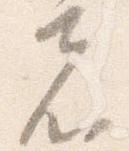
者